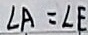
\angle A = \angle E